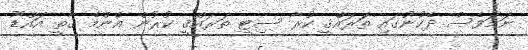
ނަމަވެސް ދެކުނުގައި ތަރައްޤީ ކުރާ ސިޓީ ތަރައްޤީ ކުރުން އެންމެ ގާތީ އައްޑޫ